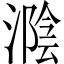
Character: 𣼩